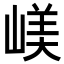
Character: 嵄